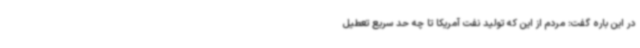
در این باره گفت: مردم از این که تولید نفت آمریکا تا چه حد سریع تعطیل